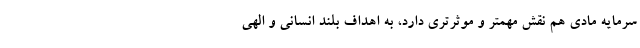
سرمایه مادی هم نقش مهمتر و موثرتری دارد، به اهداف بلند انسانی و الهی